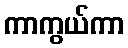
ကာကွယ်ကာ